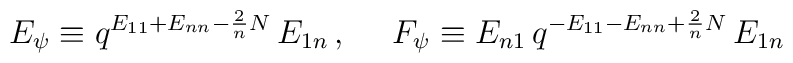
E_\psi\equiv q^{E_{11}+E_{nn}-\frac{2}{n}N}\,E_{1n}\,,~~~~F_\psi\equiv E_{n1}\,q^{-E_{11}-E_{nn}+\frac{2}{n}N}\,E_{1n}